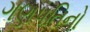
ગણપતિનો